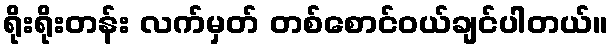
ရိုးရိုးတန်း လက်မှတ် တစ်စောင်ဝယ်ချင်ပါတယ်။